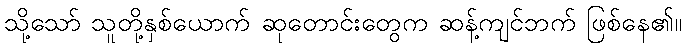
သို့သော် သူတို့နှစ်ယောက် ဆုတောင်းတွေက ဆန့်ကျင်ဘက် ဖြစ်နေ၏။